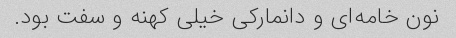
نون خامه‌ای و دانمارکی خیلی کهنه و سفت بود.